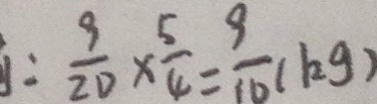
: \frac { 9 } { 2 0 } \times \frac { 5 } { 4 } = \frac { 9 } { 1 0 } ( k g )